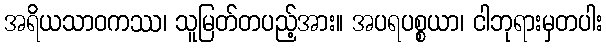
အရိယသာဝကဿ၊ သူမြတ်တပည့်အား။ အပရပစ္စယာ၊ ငါဘုရားမှတပါး